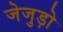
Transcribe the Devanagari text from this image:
जेजुड़ो